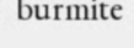
burmite